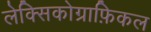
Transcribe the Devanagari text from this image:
लेक्सिकोग्राफ़िकल